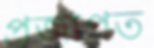
প্রজাপত